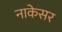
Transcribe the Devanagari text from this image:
नाकेसर